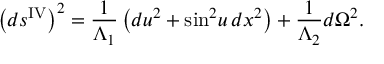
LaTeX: \left( d s ^ { \mathrm { I V } } \right) ^ { 2 } = \frac { 1 } { \Lambda _ { 1 } } \left( d u ^ { 2 } + \sin ^ { 2 } \! u \, d x ^ { 2 } \right) + \frac { 1 } { \Lambda _ { 2 } } d \Omega ^ { 2 } .